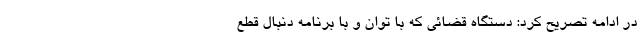
در ادامه تصریح کرد: دستگاه قضائی که با توان و با برنامه دنبال قطع